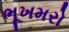
ભૂખમરો